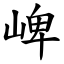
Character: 崥